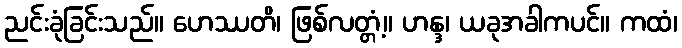
ညင်းခုံခြင်းသည်။ ဟေဿတိ၊ ဖြစ်လတ္တံ့။ ဟန္ဒ၊ ယခုအခါကပင်။ ကထံ၊